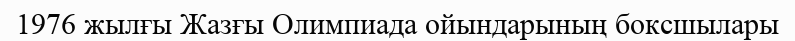
1976 жылғы Жазғы Олимпиада ойындарының боксшылары